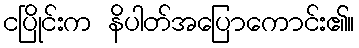
ငပြိုင်းက နိပါတ်အပြောကောင်း၏။